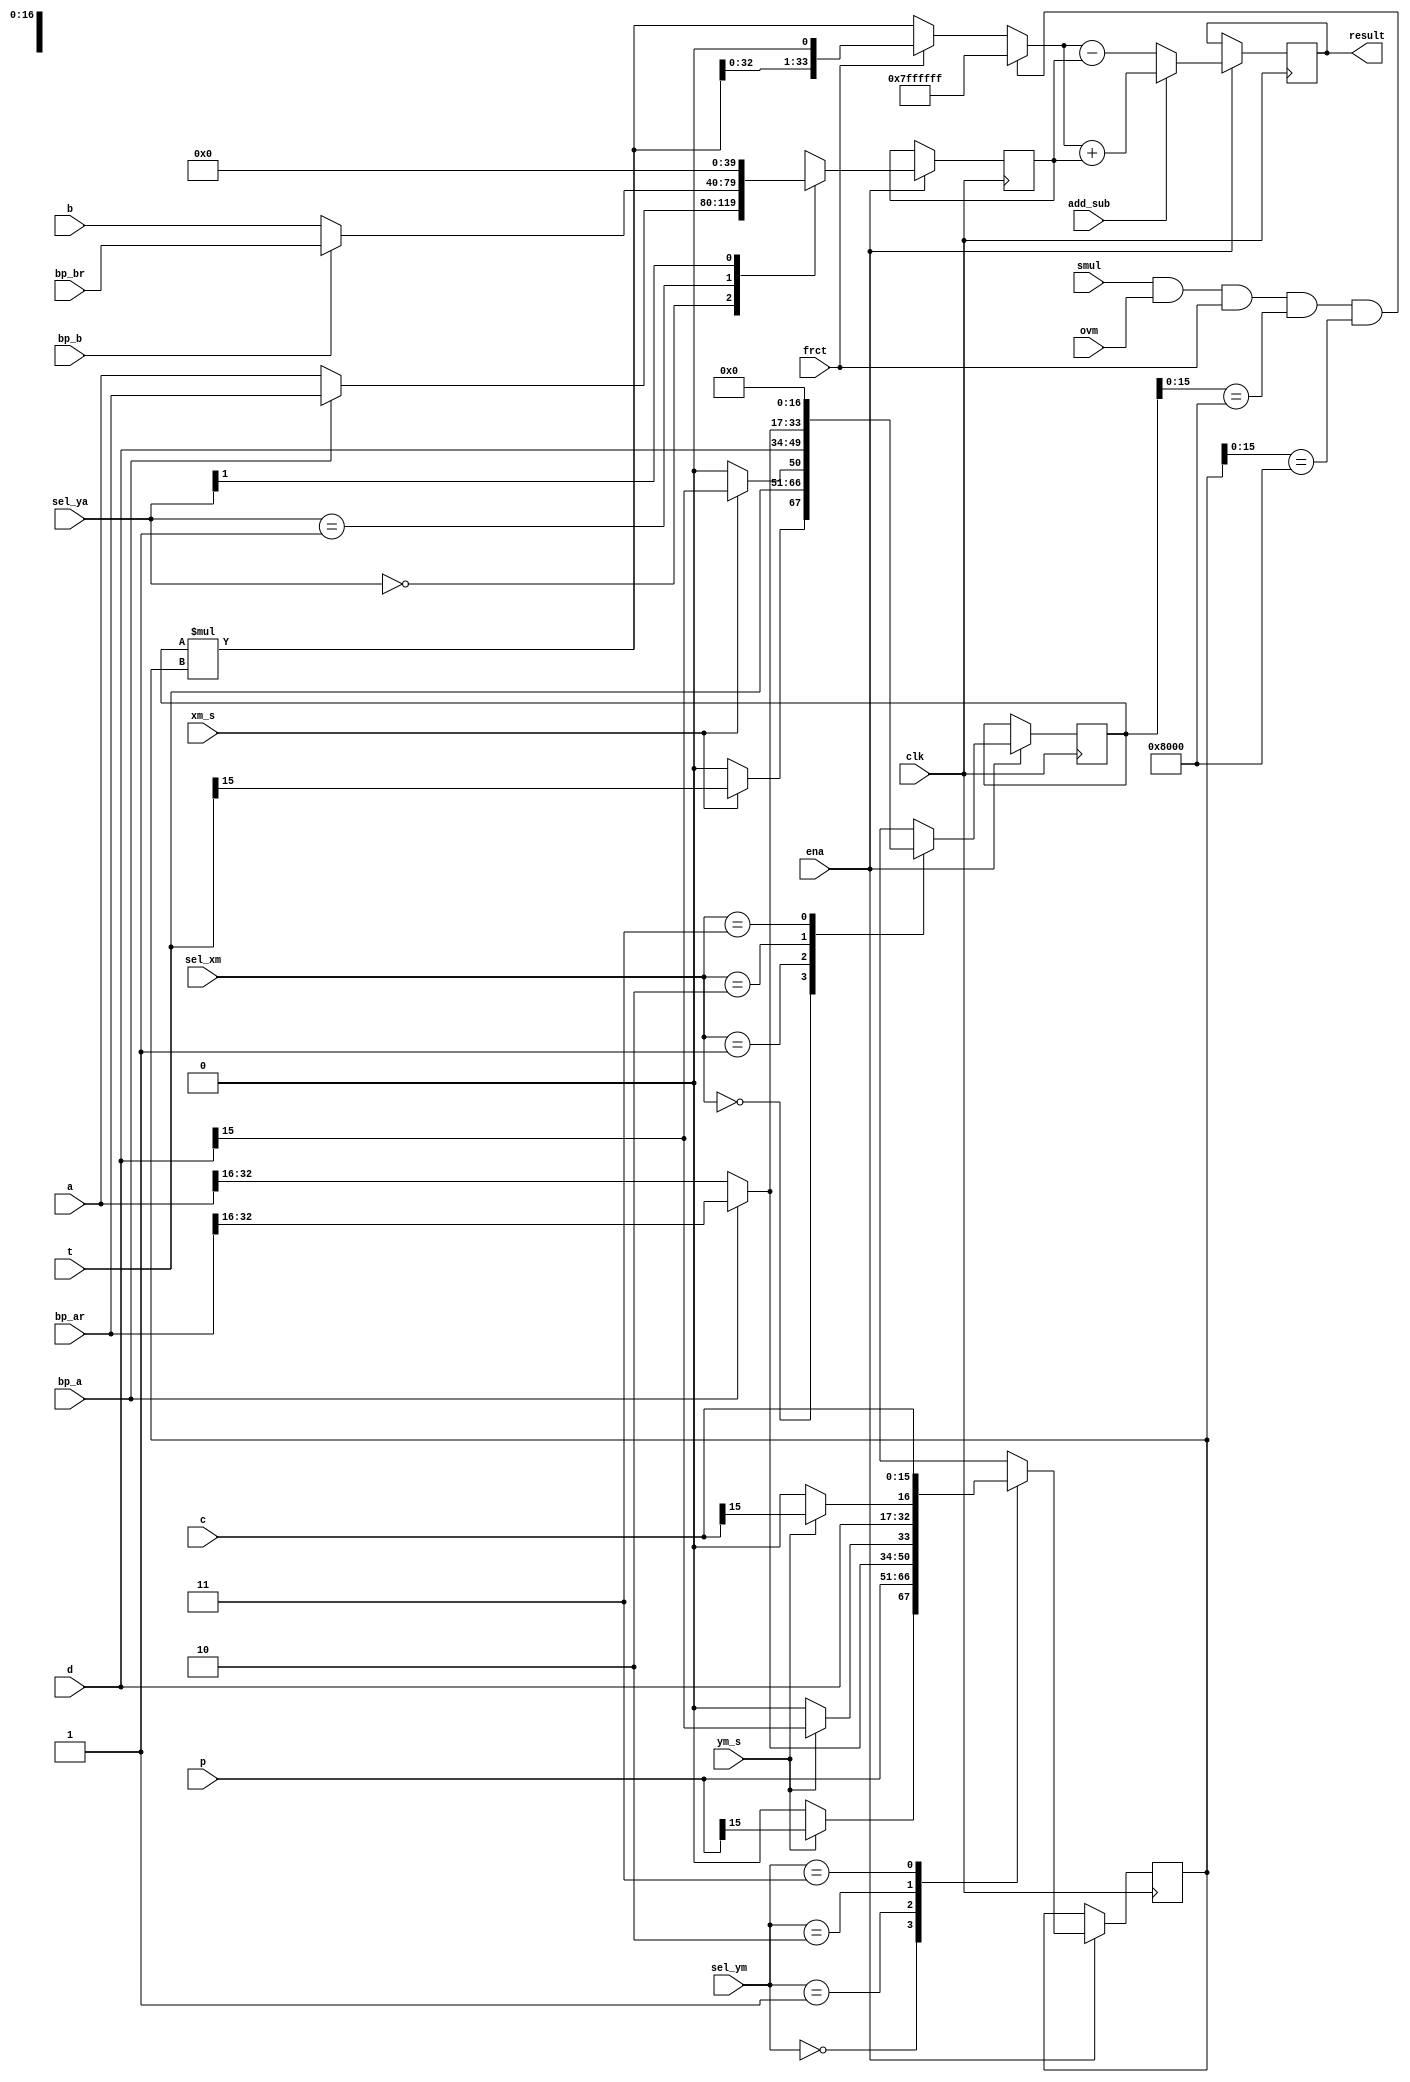
module oc54_mac (
	clk, ena, 
	a, b, t, p, c, d,
	sel_xm, sel_ym, sel_ya,
	bp_a, bp_b, bp_ar, bp_br,
	xm_s, ym_s,
	ovm, frct, smul, add_sub,
	result
	);

//
// parameters
//

//
// inputs & outputs
//
input         clk;
input         ena;
input  [15:0] t, p, c, d;               // TREG, p-bus, c-bus, d-bus inputs
input  [39:0] a, b;                     // accumulator inputs
input  [ 1:0] sel_xm, sel_ym, sel_ya;   // input selects
input  [39:0] bp_ar, bp_br;             // bypass accumulator a / b
input         bp_a, bp_b;               // bypass selects
input         xm_s, ym_s;               // sign extend xm, ym
input         ovm, frct, smul, add_sub;
output [39:0] result;

reg [39:0] result;

//
// variables
//
reg  [16:0] xm, ym;              // multiplier inputs
reg  [39:0] ya;                  // adder Y-input

reg  [33:0] mult_res;            // multiplier result
wire [33:0] imult_res;           // actual multiplier
reg  [39:0] iresult;             // mac-result

/////////////////
// module body //
/////////////////

//
// generate input selection
//

// xm
always@(posedge clk)
	if (ena)
		case(sel_xm) // synopsis full_case parallel_case
			2'b00 : xm <= #1 {xm_s ? t[15] : 1'b0, t};
			2'b01 : xm <= #1 {xm_s ? d[15] : 1'b0, d};
			2'b10 : xm <= #1 bp_a ? bp_ar[32:16] : a[32:16];
			2'b11 : xm <= #1 17'h0;
		endcase

// ym
always@(posedge clk)
	if (ena)
		case(sel_ym) // synopsis full_case parallel_case
			2'b00 : ym <= #1 {ym_s ? p[15] : 1'b0, p};
			2'b01 : ym <= #1 bp_a ? bp_ar[32:16] : a[32:16];
			2'b10 : ym <= #1 {ym_s ? d[15] : 1'b0, d};
			2'b11 : ym <= #1 {ym_s ? c[15] : 1'b0, c};
		endcase

// ya
always@(posedge clk)
	if (ena)
		casex(sel_ya) // synopsis full_case parallel_case
			2'b00 : ya <= #1 bp_a ? bp_ar : a;
			2'b01 : ya <= #1 bp_b ? bp_br : b;
			2'b1? : ya <= #1 40'h0;
		endcase

//
// generate multiplier
//
assign imult_res = (xm * ym); // actual multiplier

always@(xm or ym or smul or ovm or frct or imult_res)
	if (smul && ovm && frct && (xm[15:0] == 16'h8000) && (ym[15:0] == 16'h8000) )
		mult_res = 34'h7ff_ffff;
	else if (frct)
		mult_res = {imult_res[32:0], 1'b0}; // (imult_res << 1)
	else
		mult_res = imult_res;

//
// generate mac-unit
//
always@(mult_res or ya or add_sub)
	if (add_sub)
		iresult = mult_res + ya;
	else
		iresult = mult_res - ya;

//
// generate registers
//

// result
always@(posedge clk)
	if (ena)
		result <= #1 iresult;

endmodule